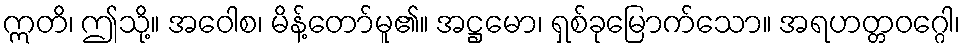
ဣတိ၊ ဤသို့။ အဝေါစ၊ မိန့်တော်မူ၏။ အဋ္ဌမော၊ ရှစ်ခုမြောက်သော။ အရဟတ္တဝဂ္ဂေါ၊